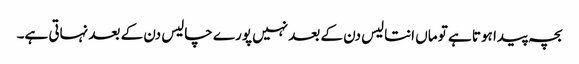
بچہ پیدا ہوتا ہے تو ماں انتالیس دن کے بعد نہیں پورے چالیس دن کے بعد نہاتی ہے۔